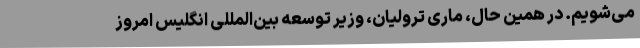
می‌شویم. در همین حال، ماری ترولیان، وزیر توسعه بین‌المللی انگلیس امروز